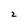
Character: z